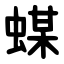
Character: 䗋